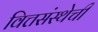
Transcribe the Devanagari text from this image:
वित्तसंस्थेची